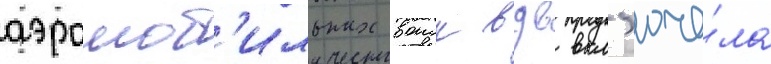
аэромоб'ильных воиск вдв вкл'юча́ла